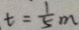
t = \frac { 1 } { 5 } m